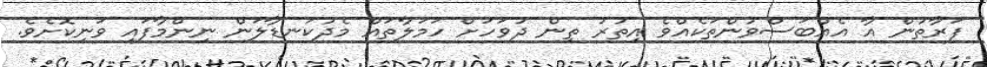
ފަރާތުން އާ އެއްބަސްވުންތަކެއްވެ އިތުރު ތިން ދުވަހަށް ހަމަލާތައް މެދުކަނޑާލަން ނިންމާފައި ވަނިކޮށެވެ.